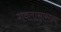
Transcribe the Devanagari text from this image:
गवतासारख्या